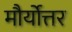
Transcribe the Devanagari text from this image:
मौर्योत्तर